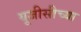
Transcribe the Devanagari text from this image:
यूजीसीच्या